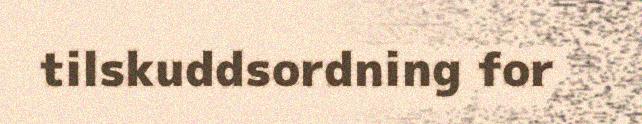
tilskuddsordning for